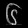
Digit: ၆